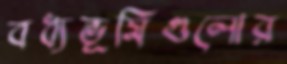
বধ্যভূমিগুলোর